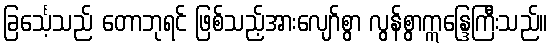
ခြင်္သေ့သည် တောဘုရင် ဖြစ်သည့်အားလျော်စွာ လွန်စွာဣန္ဒြေကြီးသည်။